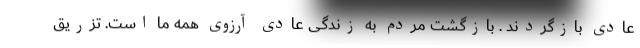
عادی بازگردند . بازگشت مردم به زندگی عادی آرزوی همه ما است. تزریق